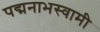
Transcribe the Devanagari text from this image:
पद्मनाभस्‍वामी